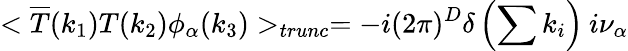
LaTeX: <\overline{{{T}}}(k_{1})T(k_{2})\phi_{\alpha}(k_{3})>_{trunc}=-i(2\pi)^{D}\delta\left(\sum k_{i}\right)\: i\nu_{\alpha}